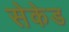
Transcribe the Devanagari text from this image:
सेकेड